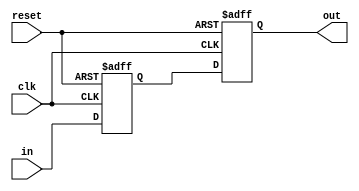
module synchronizer_3 (
   out,
   in, clk, reset
   );
   parameter DW = 32;
   input  [DW-1:0] in;   
   input           clk;
   input 	   reset;
   output [DW-1:0] out;
   reg [DW-1:0] sync_reg0;
   reg [DW-1:0] out;
   always @ (posedge clk or posedge reset)
     if(reset)
       begin
	  sync_reg0[DW-1:0] <= {(DW){1'b0}};
	  out[DW-1:0]       <= {(DW){1'b0}};
	 end
     else
       begin
	  sync_reg0[DW-1:0] <= in[DW-1:0];
	  out[DW-1:0]       <= sync_reg0[DW-1:0];
       end
endmodule